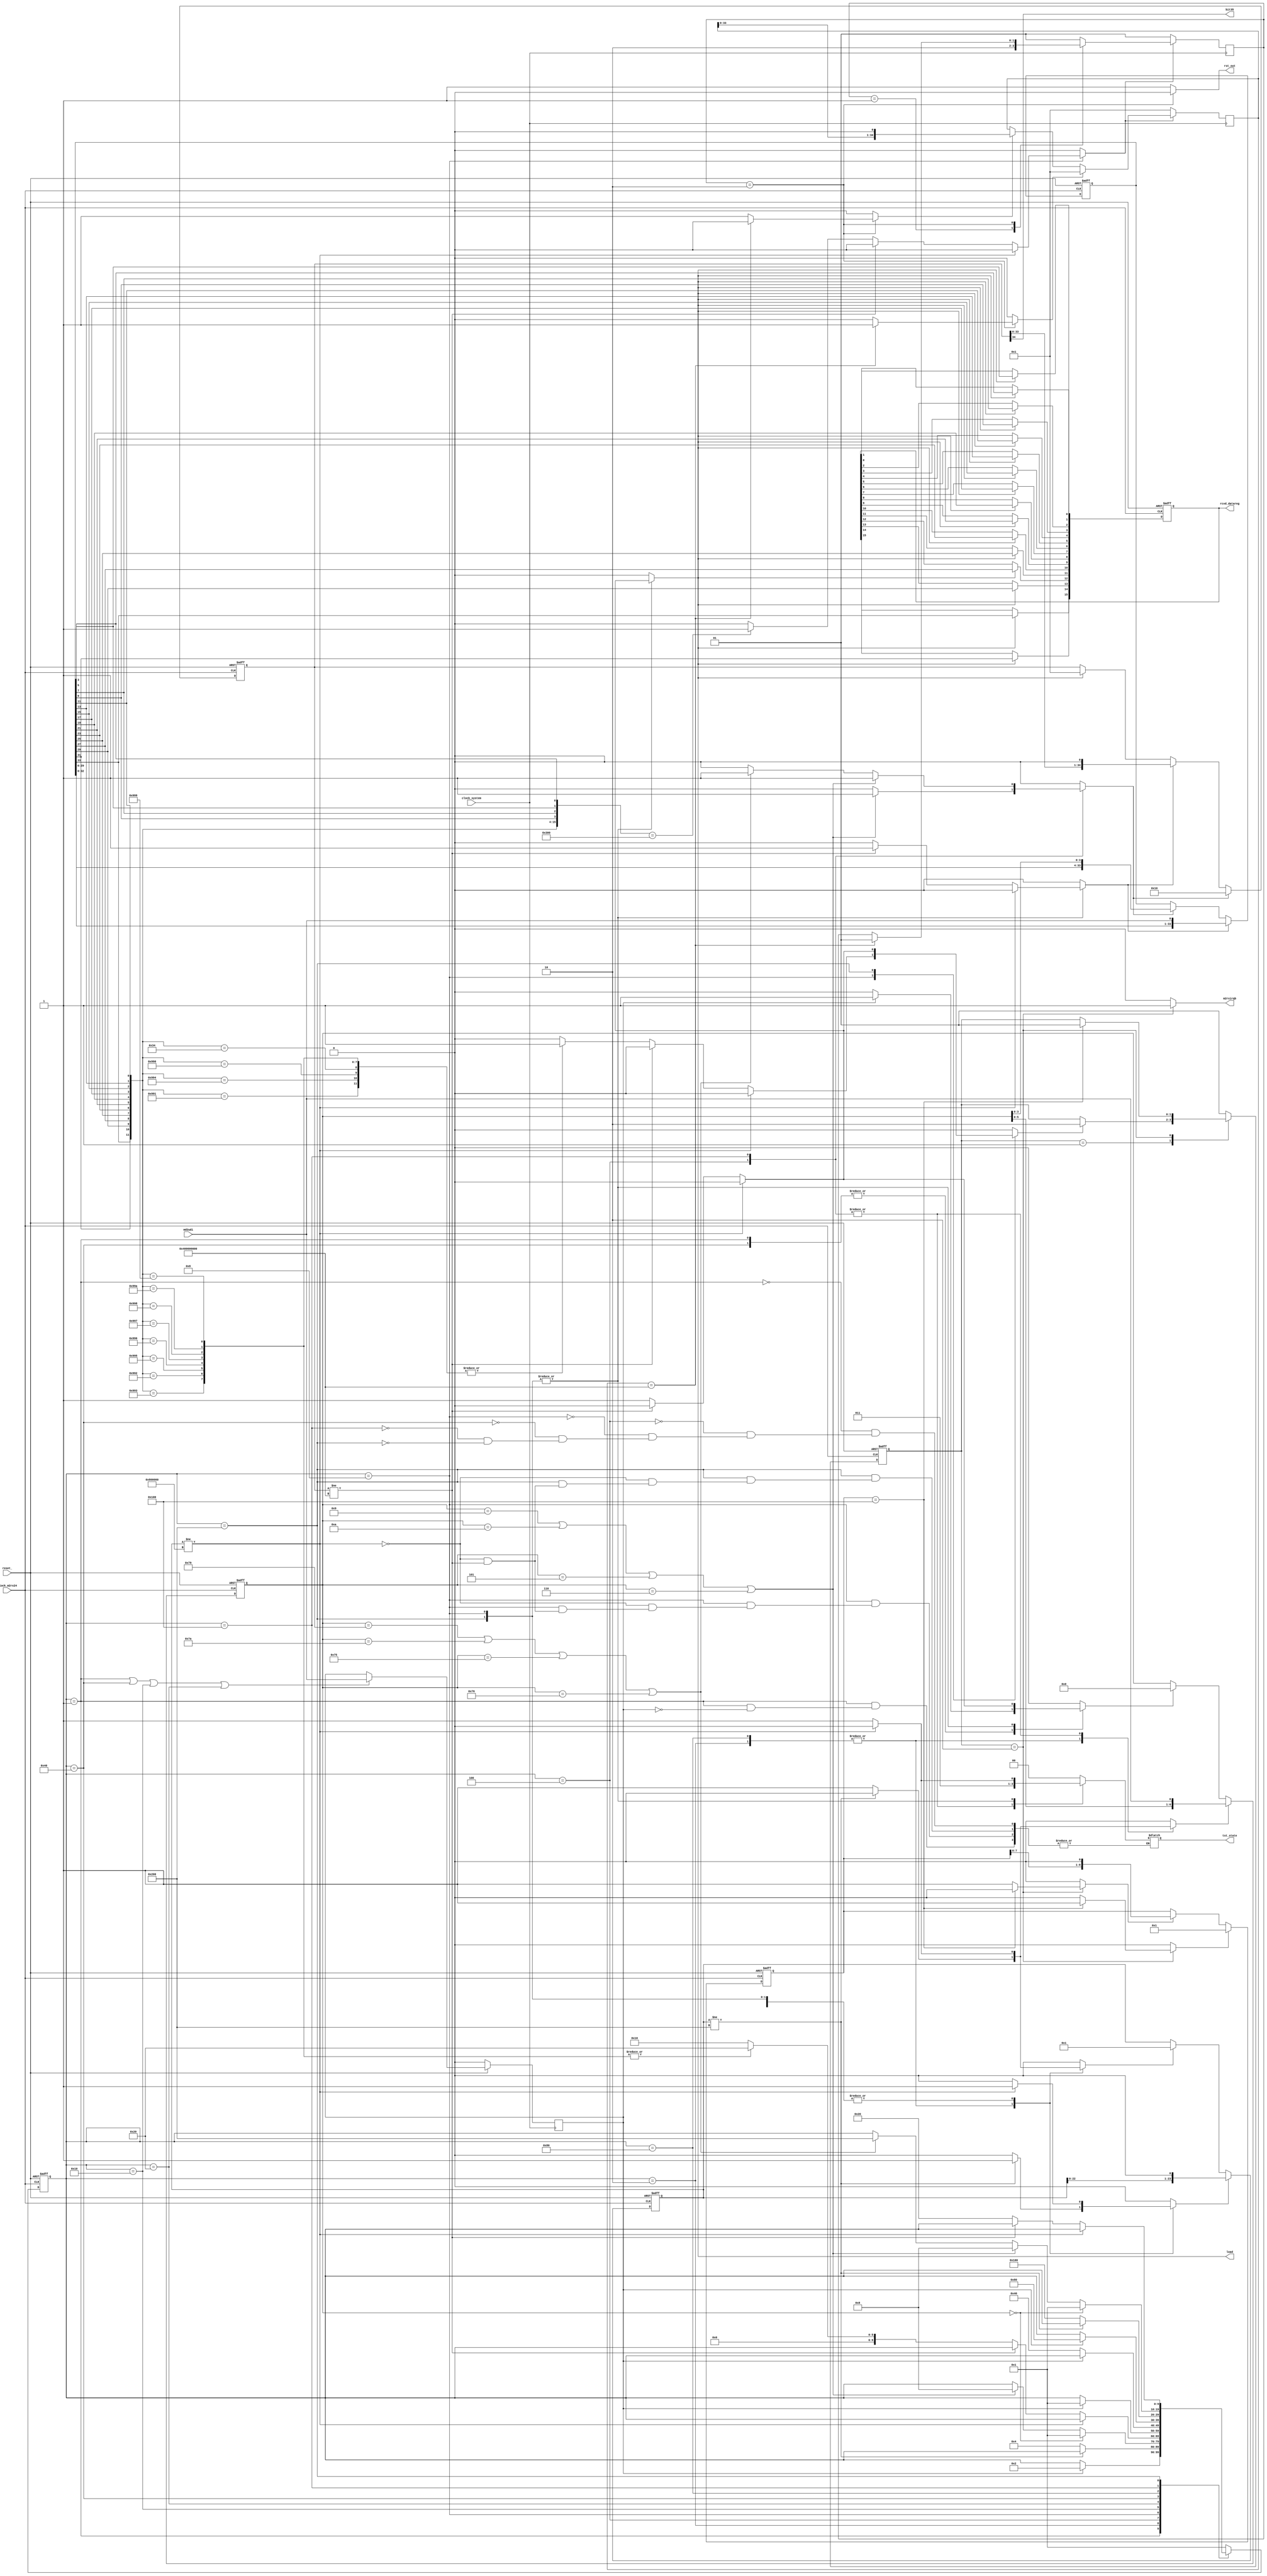
// cmd_decoder.v
module cmd_decoder
(
	md2udi, reset_, clock_m2rx24, clock_system, rcvd_datareg, m2rxirqb,rst_out,load,tst_state,bit35
);

// clock_m2rx24 clock_system
parameter word_size = 34;
parameter num_state_bits = 10;

parameter idle = 10'b0000000001;
parameter heading = 10'b0000000010;
parameter starting = 10'b0000000100;
parameter receiving = 10'b0000001000;
parameter waiting = 10'b0000010000;
parameter waiting1 = 10'b0000100000;
parameter idle1 = 10'b0001000000;
parameter heading1 = 10'b0010000000;
parameter starting1 = 10'b0100000000;
parameter receiving1 = 10'b1000000000;


parameter state_1=2'b01;
parameter state_2=2'b10;

parameter state_11=4'b01;
parameter state_22=4'b10;


	input md2udi;
	input reset_;
	input clock_m2rx24;
	input clock_system;
	output [15:0] rcvd_datareg;
	output m2rxirqb;
    output rst_out;
    output load;
    output [1:0] tst_state;
    output bit35;

reg [word_size-1:0] rcv_shftreg;
reg [23:0] sample_counter;
reg [34:0] bit_counter;
reg inc_bit_counter,clr_bit_counter;
reg inc_sample_counter,clr_sample_counter;
reg shift,load;
reg [15:0] rcvd_datareg;
reg [num_state_bits-1:0] state,next_state;
reg [1:0] state_ii,next_state_ii;
reg [6:0] headreg ;
reg headshift ;
reg headshift_clr ;
reg loaddata ;
reg m2rxirq_out;
reg m2rxirqb ;
reg [8:0] int_counter ;
reg int_counter_inc ;
reg int_counter_clr ;
reg md2udireg;

reg rst_out;
reg rst_out_en;
reg [1:0] state_iii , next_state_iii ;
reg [34:0] rst_counter ;
reg rst_counter_clr , rst_counter_inc;
reg [1:0] tst_state;
wire bit35;

assign bit35=bit_counter[34];

always @(posedge clock_system)
begin
	if(reset_ == 0)
		md2udireg <= 1'b0;
	else if(state == idle || state == idle1 || state == waiting || state == waiting1)
		md2udireg <= md2udi;

end
always @(posedge clock_m2rx24, negedge reset_)
begin
     if(reset_==0)
     begin
        state<=idle;
     end       
     else
        begin
            state<=next_state;
        end
end

always @(state,md2udireg,headreg,sample_counter,bit_counter,rcv_shftreg)
begin
    m2rxirq_out=0;
	clr_sample_counter=0;
	clr_bit_counter=0;
	inc_sample_counter=0;
	inc_bit_counter=0;
	shift=0;
	load=0;
	headshift = 0 ;
	headshift_clr = 0 ;
	loaddata = 0 ;
	next_state=state;
    rst_out_en = 0;

	case(state)
	idle:
		if(md2udireg == 1)
			begin
				next_state = heading ;
				headshift_clr = 1 ;
                tst_state=2'b00;
			end
			
	heading:
		if(sample_counter != 24'b000000000000001000000000)
			inc_sample_counter = 1 ;
		else
			begin
				headshift = 1 ;
				next_state = starting ;
				clr_sample_counter = 1 ;
			end
			
	starting:
		begin
            tst_state=2'b01;
			if(sample_counter != 24'b100000000000000000000000)
				inc_sample_counter = 1 ;
			else
				begin
				headshift = 1 ;
				clr_sample_counter = 1 ;
				end
			
			if( (headreg == 7'b0001001) || (headreg == 7'b0001010) || (headreg == 7'b0000101) || (headreg == 7'b0000110) )//cmd
                begin
					loaddata = 1 ;
					next_state = receiving ;
				end

            if(headreg == 7'b0000000)
				next_state = idle ;
		end
		
	receiving:
		if(sample_counter != 24'b100000000000000000000000)
        begin
			inc_sample_counter=1;
            tst_state=2'b10;
        end
		else
			begin
				clr_sample_counter=1;
				
				if(bit_counter!=35'b10000000000000000000000000000000000)
					begin
						shift=1;
						inc_bit_counter=1;
					end
				else
					begin					
						clr_bit_counter=1;
						load=1;
						headshift_clr = 1 ;
                        tst_state=2'b11;
                        case({rcv_shftreg[33],rcv_shftreg[31],rcv_shftreg[29],rcv_shftreg[27],rcv_shftreg[25],rcv_shftreg[23],rcv_shftreg[21],rcv_shftreg[19],rcv_shftreg[17],rcv_shftreg[15],rcv_shftreg[13],rcv_shftreg[11]})                            
                            12'b1001_1001_0011:
                            begin
                                m2rxirq_out = 1'b1;//0x993x,receive data cmd
                                next_state = waiting1;
                            end 
                            12'b1001_1001_0010:
                            begin
                                m2rxirq_out = 1'b1;//0x992x,send table data cmd
                                next_state = waiting1;
                            end                       
                            12'b1001_1001_0101:
                            begin
                                m2rxirq_out = 1'b1;//0x995x,modify para cmd
                                next_state = waiting1;
                            end
                            12'b1001_1001_0110:
                            begin
                                m2rxirq_out = 1'b1;//0x996x,modify para cmd
                                next_state = waiting1;
                            end
                            12'b1001_1001_0111:
                            begin
                                m2rxirq_out = 1'b1;//0x997x,modify para cmd
                                next_state = waiting1;
                            end
                            12'b1001_1001_1000:
                            begin
                                m2rxirq_out = 1'b1;//0x998x,modify para cmd
                                next_state = waiting1;
                            end
                            12'b1001_1001_1010:
                            begin
                                m2rxirq_out = 1'b1;//0x99ax,modify para cmd
                                next_state = waiting1;
                            end
                            12'b1001_1001_0001:
                            begin
                                m2rxirq_out = 1'b1;//0x991x,only acquire cmd, no data
                                next_state = waiting;
                            end
                            12'b1001_1001_0100:
                            begin
                                m2rxirq_out = 1'b1;//0x994x,only send cmd, no data
                                next_state = waiting;
                            end
                            12'b1001_1001_0000:
                            begin
                                m2rxirq_out = 1'b1;//0x990x,check cmd, no data
                                next_state = waiting;
                            end
                            12'b1001_1001_1001:
                            begin
                                m2rxirq_out = 1'b1;//0x999x,modify para cmd
                                next_state = waiting1;
                            end
                            12'b0000_0011_0100:
                            begin
                                m2rxirq_out = 1'b1;//0x034x,only send cmd, no data
                                next_state = waiting;
                            end
							default:
								next_state=waiting;
						endcase		 
                        
                        if(({rcv_shftreg[33],rcv_shftreg[31],rcv_shftreg[29],rcv_shftreg[27],rcv_shftreg[25],rcv_shftreg[23],rcv_shftreg[21],rcv_shftreg[19],rcv_shftreg[17],rcv_shftreg[15],rcv_shftreg[13],rcv_shftreg[11],rcv_shftreg[9],rcv_shftreg[7],rcv_shftreg[5],rcv_shftreg[3]})
				        == 16'b0000_0011_0000_0000)
                            rst_out_en = 1;//0x0300: reset DSP cmd
                   end
			end
	waiting:
		if(md2udireg == 1)
		   next_state = idle;
	waiting1:
		//if((md2udireg == 0)||(md2udireg == 1))
		if(md2udireg == 0)
        	next_state = idle1;
	idle1:
        begin
        tst_state=2'b00;
		if(md2udireg == 1)
			begin
				next_state = heading1 ;
				headshift_clr = 1 ;
			end
        end
	heading1:
		if(sample_counter != 24'b000000000000001000000000)
        begin
			inc_sample_counter = 1 ;
        end
		else
			begin
				headshift = 1 ;
				next_state = starting1 ;
				clr_sample_counter = 1 ;
			end
	starting1:
		begin
            tst_state=2'b01;
			if(sample_counter != 24'b100000000000000000000000)
					inc_sample_counter = 1 ;
				else
					begin
					headshift = 1 ;
					clr_sample_counter = 1 ;
					end
		
			if(headreg == 7'b1111001 || headreg == 7'b1111010 || headreg == 7'b1110101 || headreg == 7'b1110110)//data
				begin
					loaddata = 1 ;
					next_state = receiving1 ;
				end
				
			if((headreg == 7'b0001001) || (headreg == 7'b0001010) || (headreg == 7'b0000101) || (headreg == 7'b0000110))//cmd
				begin
					loaddata = 1 ;
					next_state = receiving ;
				end
            if(headreg == 7'b0000000)
				next_state = idle ;
		end
	receiving1:
		if(sample_counter != 24'b100000000000000000000000)
        begin
			inc_sample_counter=1;
            tst_state=2'b10;
        end
		else
			begin
				clr_sample_counter=1;
				
				if(bit_counter!=35'b10000000000000000000000000000000000)
					begin
						shift=1;
						inc_bit_counter=1;
					end
				else
					begin
						next_state = waiting1;
						clr_bit_counter=1;
						load=1;
						headshift_clr = 1 ;
						m2rxirq_out = 1'b1;
                        tst_state=2'b11;		 
					end
			end		
    default:       
           next_state = idle;
   endcase 
end



always @(posedge clock_m2rx24, negedge reset_)
begin
	if(reset_==0)
		begin
			sample_counter<=24'b000000000000000000000001;
			bit_counter<=35'b00000000000000000000000000000000001;
			rcvd_datareg<=0;
			rcv_shftreg<=0;
			headreg <= 7'b0000000 ;
		end
	else
		begin
			
			if(headshift_clr == 1)
				headreg <= 7'b0000000 ;
			
			if(clr_sample_counter==1)
				sample_counter<=24'b000000000000000000000001;
				
			if(inc_sample_counter==1)
				sample_counter<={sample_counter[22:0],1'b0};
			
			if(clr_bit_counter==1)
				bit_counter<=35'b00000000000000000000000000000000001;
				
			if(inc_bit_counter==1)
				bit_counter<={bit_counter[33:0],1'b0};
				
			if(loaddata == 1)
				begin
					bit_counter<=35'b00000000000000000000000000000010000;
					rcv_shftreg<={rcv_shftreg[29:0],headreg[3:0]};
				end
				
			if(shift==1)
				rcv_shftreg<={rcv_shftreg[word_size-2:0],md2udi};
			
			if(headshift == 1)
				headreg <= {headreg[5:0],md2udi} ;
			
			if(load==1)
				begin
					rcvd_datareg[15]<=rcv_shftreg[33];
					rcvd_datareg[14]<=rcv_shftreg[31];
					rcvd_datareg[13]<=rcv_shftreg[29];
					rcvd_datareg[12]<=rcv_shftreg[27];
					rcvd_datareg[11]<=rcv_shftreg[25];
					rcvd_datareg[10]<=rcv_shftreg[23];
					rcvd_datareg[9]<=rcv_shftreg[21];
					rcvd_datareg[8]<=rcv_shftreg[19];
					rcvd_datareg[7]<=rcv_shftreg[17];
					rcvd_datareg[6]<=rcv_shftreg[15];
					rcvd_datareg[5]<=rcv_shftreg[13];
					rcvd_datareg[4]<=rcv_shftreg[11];
					rcvd_datareg[3]<=rcv_shftreg[9];
					rcvd_datareg[2]<=rcv_shftreg[7];
					rcvd_datareg[1]<=rcv_shftreg[5];
					rcvd_datareg[0]<=rcv_shftreg[3];
				end

		end
end



always @(state_ii,m2rxirq_out,int_counter)
begin
	m2rxirqb=0;
	int_counter_inc = 0 ;
	int_counter_clr = 0 ;
	next_state_ii=state_ii ;

	case(state_ii)
	state_1:
		if(m2rxirq_out==1 )
			next_state_ii=state_2;
	state_2:
			if(int_counter == 9'b100000000)
				begin
					int_counter_clr = 1 ;
					m2rxirqb = 1 ;
					next_state_ii=state_1;
				end
			else
				begin
					int_counter_inc = 1 ;
					m2rxirqb = 1 ;
				end
	default:
		next_state_ii=state_1;
		
	endcase
end

always @(posedge clock_m2rx24, negedge reset_)
begin
	if(reset_==0)
		begin
			state_ii <= state_1 ;
			int_counter <= 9'b000000001 ;
		end
	else
		begin
			state_ii <= next_state_ii ;
			
			if(int_counter_inc == 1)
				int_counter <= {int_counter[7:0],1'b0} ;
				
			if(int_counter_clr == 1)
				int_counter <= 9'b000000001 ;
		end
end
			
always @(state_iii,rst_counter,rst_out_en)
begin

    rst_out = 1;
    rst_counter_clr = 0;
    rst_counter_inc = 0;
    next_state_iii = state_iii;

    case(state_iii)
    state_11:
    begin
        if(rst_out_en == 1)
            next_state_iii = state_22;
    end
    state_22:
    begin
        rst_out = 0;//outp DSP reset !!

        if(rst_counter == 35'b10000000000000000000000000000000000)
        begin
            rst_counter_clr = 1 ;
			next_state_iii = state_11;
		end
        else
            rst_counter_inc = 1 ;
    end
    default:
        next_state_iii = state_11;
    endcase
end

always @(posedge clock_system)
begin
		if(rst_out_en == 0)
			begin
				state_iii<=state_11;
				rst_counter <= 35'b00000000000000000000000000000000001;
			end
		else
			begin
				state_iii<=next_state_iii;
				
				if(rst_counter_inc == 1)
					rst_counter <= {rst_counter[33:0],1'b0} ;
					
				if(rst_counter_clr == 1)
					rst_counter <= 35'b00000000000000000000000000000000001;
			end
end

            

endmodule